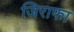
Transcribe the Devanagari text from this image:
जिराफा